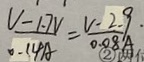
\frac { V - 1 . 7 V } { 0 . 1 4 A } = \frac { V - 2 . 9 } { 0 . 0 8 A } \cdot